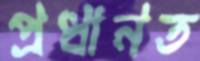
প্রধানত